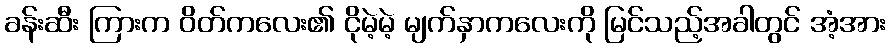
ခန်းဆီး ကြားက ဝိတ်ကလေး၏ ငိုမဲ့မဲ့ မျက်နှာကလေးကို မြင်သည့်အခါတွင် အံ့အား